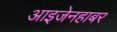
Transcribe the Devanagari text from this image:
आइजेनहाबर